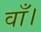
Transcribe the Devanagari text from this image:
वाँ।